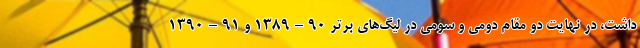
داشت، در نهایت دو مقام دومی و سومی در لیگ‌های برتر ۹۰–۱۳۸۹ و ۹۱–۱۳۹۰